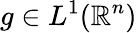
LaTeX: g\in L^{1}(\mathbb{R}^{n})